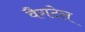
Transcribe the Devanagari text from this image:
वैगटेल